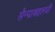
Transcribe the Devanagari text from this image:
सैन्याबद्दलची